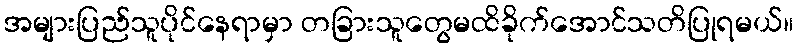
အများပြည်သူပိုင်နေရာမှာ တခြားသူတွေမထိခိုက်အောင်သတိပြုရမယ်။